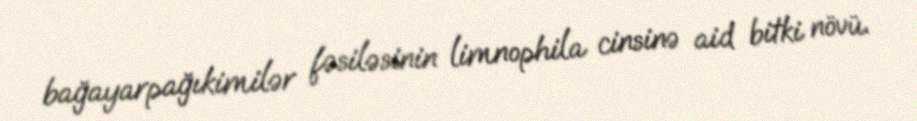
bağayarpağıkimilər fəsiləsinin limnophila cinsinə aid bitki növü.